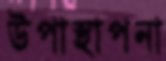
উপাস্থাপনা